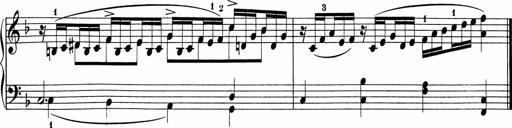
Title: 5 Sonatinen fÃ¼r die Jugend
Composer: Carl Reinecke